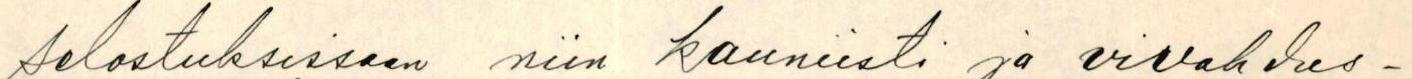
selostuksissaan niin kauniisti ja vivahdus-